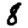
Digit: 8